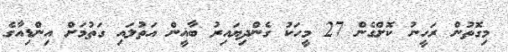
މިގޮތުން ރަހީނު ކޮށްގެން 27 މީހަކު ގެންދިޔައިރު ބާޣީން އަތުލައި ގަތުމަށް އިންޑިއާގެ